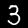
Label: 3